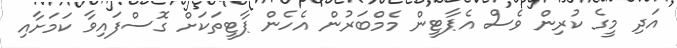
އަދި މީގެ ކުރިން ވެސް އެޕާޓީން މެމްބަރުން އެހެން ޕާޓީތަކަށް ގޮސްފައިވާ ކަމަށާއި